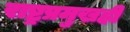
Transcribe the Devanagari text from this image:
राष्ट्रप्रमुखही